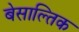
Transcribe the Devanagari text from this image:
बेसाल्तिक